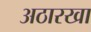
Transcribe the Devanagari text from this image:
अठारखा